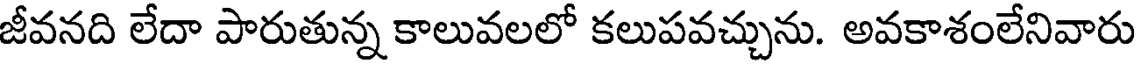
జీవనది లేదా పారుతున్న కాలువలలో కలుపవచ్చును. అవకాశంలేనివారు